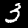
Digit: 3